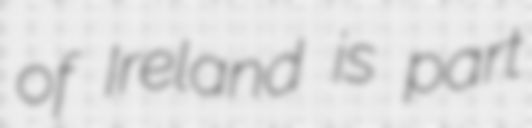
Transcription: of Ireland is part